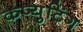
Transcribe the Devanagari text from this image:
कप्युटिंग